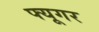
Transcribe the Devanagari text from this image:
फ्यूगर